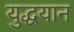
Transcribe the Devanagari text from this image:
युद्धयान